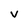
Character: v